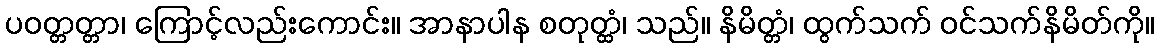
ပဝတ္တတ္တာ၊ ကြောင့်လည်းကောင်း။ အာနာပါန စတုတ္ထံ၊ သည်။ နိမိတ္တံ၊ ထွက်သက် ဝင်သက်နိမိတ်ကို။